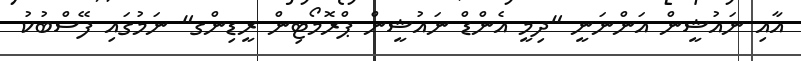
އާއި ނައުޝީން އަންނަނީ "ދިމީ އެންޑް ނައުޝީން ޕްރޮމޯޓިން ރީޑިންގ" ނަމުގައި ފޭސްބުކު